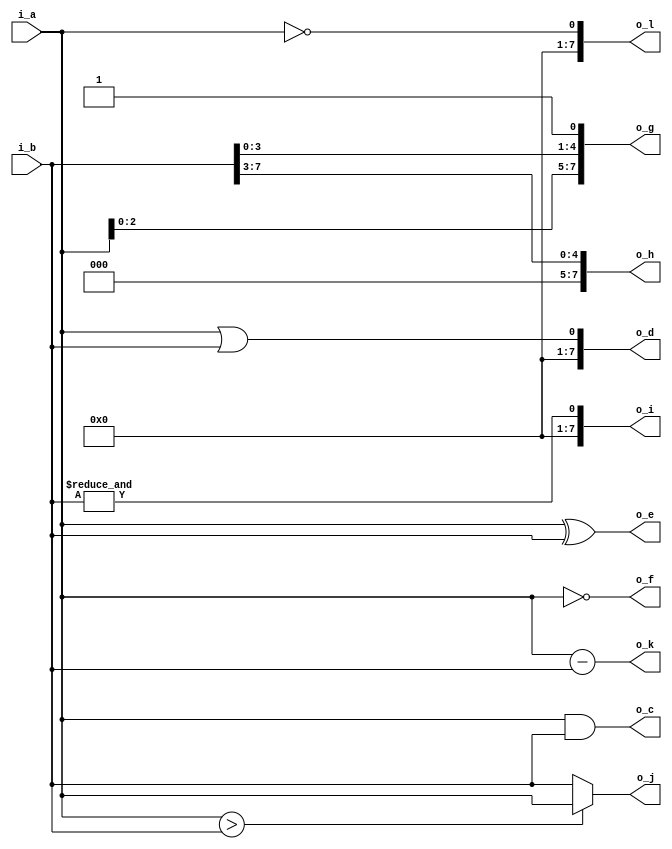
module mst_c_1(
    input  [7 : 0] i_a,
    input  [7 : 0] i_b,
    output [7 : 0] o_c,
    output [7 : 0] o_d,
    output [7 : 0] o_e,
    output [7 : 0] o_f,
    output [7 : 0] o_g,
    output [7 : 0] o_h,
    output [7 : 0] o_i,
    output [7 : 0] o_j,
    output [7 : 0] o_k,
    output [7 : 0] o_l
);

    assign o_c = i_a & i_b;
    assign o_d = i_a || i_b;
    assign o_e = i_a ^ i_b;
    assign o_f = ~i_a;
    assign o_g = {i_a[2 : 0], i_b[3 : 0], {1'b1}};
    assign o_h = i_b >>> 3;
    assign o_i = &i_b;
    assign o_j = (i_a > i_b) ? i_a : i_b;
    assign o_k = i_a - i_b;
    assign o_l = !i_a;

endmodule